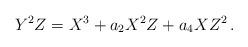
LaTeX: \begin{align*} Y^2Z = X^3 + a_2 X^2Z + a_4 XZ^2 \,. \end{align*}